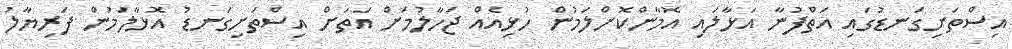
އިސްތަށިގަނޑުގައި އަތްފުނާ އަޅާލައި އޮމާންކޮށްލަމުން ހުޅިއެއް ޖަހާލުމަށް އަތަށް އިސްތަށިގަނޑު އޮޅާލަމުން ފަރިޔާލު